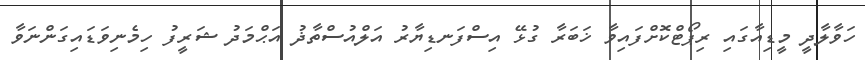
ހަވާލާދީ މީޑިއާގައި ރިޕޯޓްކޮށްފައިވާ ޚަބަރާ ގުޅޭ އިސްފަނޑިޔާރު އަލްއުސްތާޛު އަޙްމަދު ޝަރީފު ހިމެނިވަޑައިގަންނަވާ